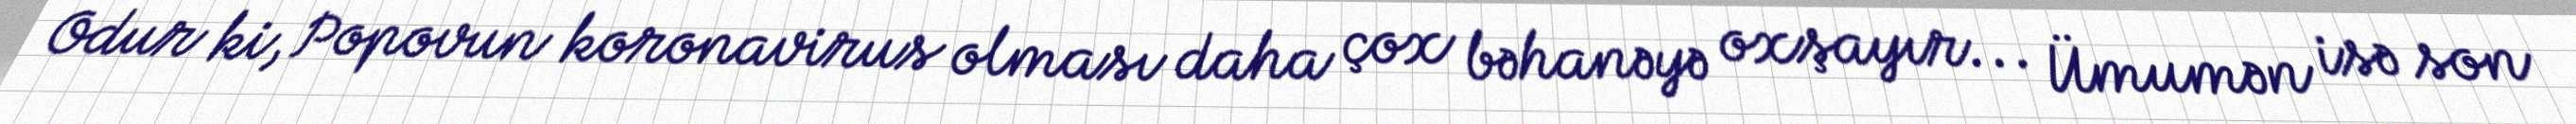
Odur ki, Popovun koronavirus olması daha çox bəhanəyə oxşayır... Ümumən isə son